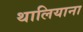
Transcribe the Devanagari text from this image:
थालियाना